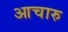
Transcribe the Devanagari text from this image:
आचारु